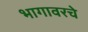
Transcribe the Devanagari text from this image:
भागावरचे